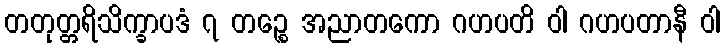
တတုတ္တရိသိက္ခာပဒံ ၇ တဉ္စေ အညာတကော ဂဟပတိ ဝါ ဂဟပတာနီ ဝါ